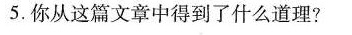
5.你从这篇文章中得到了什么道理?